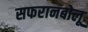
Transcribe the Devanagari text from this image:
सफरानबोलू